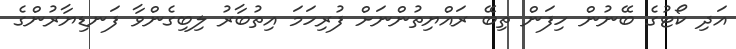
އަދި ކޯޓުގެ ބޭނުން ހިފަން ތިބޭ ރައްޔިތުންނަށް ފުރިހަމަ އިތުބާރު ލިބިގެންވާ ފަނޑިޔާރުންގެ